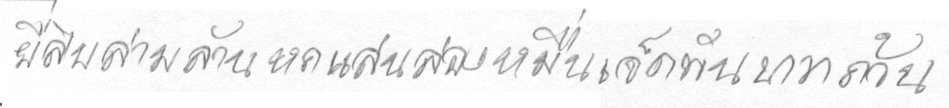
ยี่สิบสามล้านหกแสนสองหมื่นเจ็ดพันบาทถ้วน